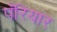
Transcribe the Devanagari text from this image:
पॅरियार